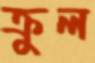
ক্রুল